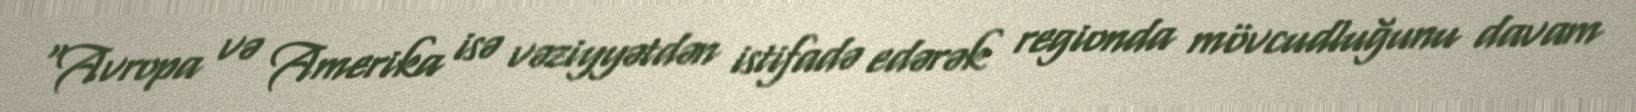
“Avropa və Amerika isə vəziyyətdən istifadə edərək regionda mövcudluğunu davam